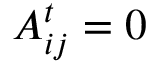
A _ { i j } ^ { t } = 0